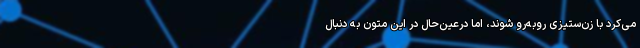
می‌کرد با زن‌ستیزی روبه‌رو شوند، اما درعین‌حال در این متون به دنبال